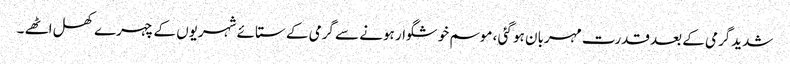
شدیدگرمی کے بعد قدرت مہربان ہو گئی ، موسم خوشگوار ہونے سے گرمی کے ستائے شہریوں کے چہرے کھل اٹھے ۔